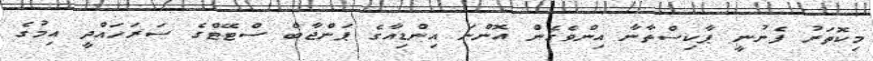
މިކޮތަރު ފެނުނީ ޕާކިސްތާނާ އިންވެގެން އޮންނަ އިންޑިއާގެ ޕަންޖާބް ސްޓޭޓްގެ ސަރަހައްދީ އިމުގެ